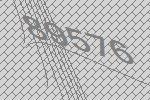
89576